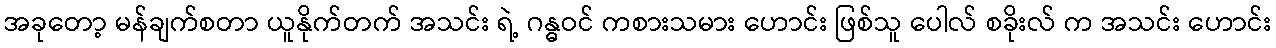
အခုတော့ မန်ချက်စတာ ယူနိုက်တက် အသင်း ရဲ့ ဂန္ဓဝင် ကစားသမား ဟောင်း ဖြစ်သူ ပေါလ် စခိုးလ် က အသင်း ဟောင်း